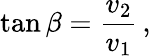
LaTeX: \tan\beta={\frac{v_{2}}{v_{1}}}\, ,